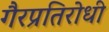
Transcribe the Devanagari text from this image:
गैरप्रतिरोधी